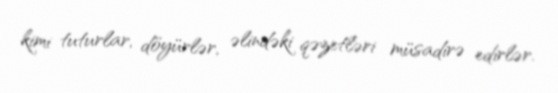
kimi tuturlar, döyürlər, əlindəki qəzetləri müsadirə edirlər.